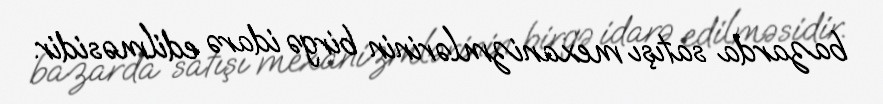
bazarda satışı mexanizmlərinin birgə idarə edilməsidir.